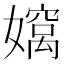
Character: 𫲄